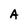
Character: A